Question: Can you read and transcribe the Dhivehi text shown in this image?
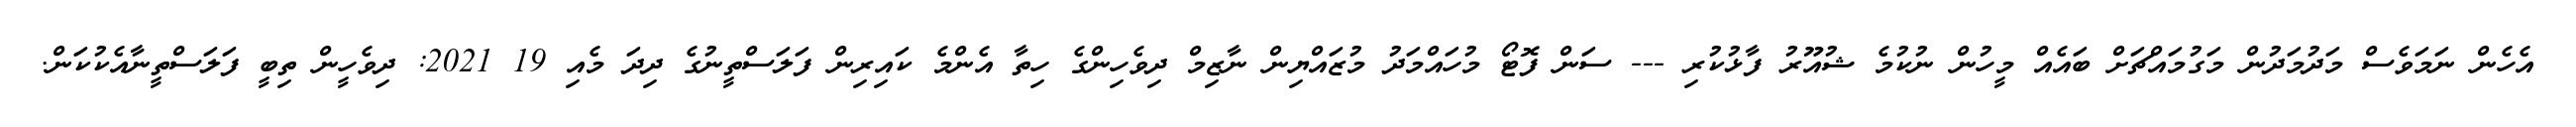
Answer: އެހެން ނަމަވެސް މަދުމަދުން މަގުމައްޗަށް ބައެއް މީހުން ނުކުމެ ޝުއޫރު ފާޅުކުރި --- ސަން ފޮޓޯ މުހައްމަދު މުޒައްޔިން ނާޒިމް ދިވެހިންގެ ހިތާ އެންމެ ކައިރިން ފަލަސްތީނުގެ ދިދަ މެއި 19 2021: ދިވެހީން ތިބީ ފަލަސްތީނާއެކުކަން.